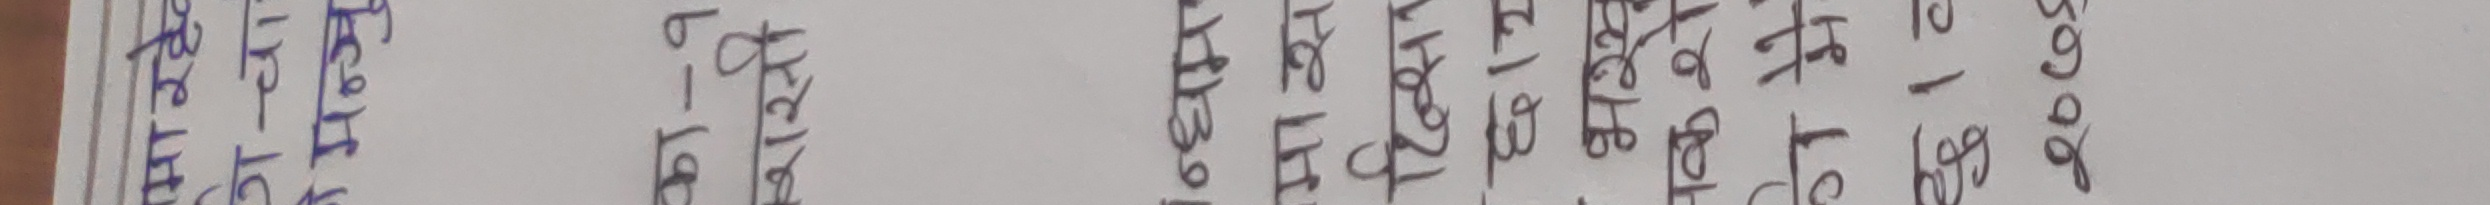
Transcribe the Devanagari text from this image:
अध्ययन गरिरहेको छ।